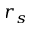
r _ { s }